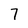
Character: 7